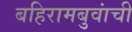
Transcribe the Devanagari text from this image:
बहिरामबुवांची